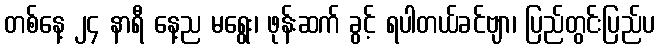
တစ်နေ့ ၂၄ နာရီ နေ့ည မရွေး၊ ဖုန်းဆက် ခွင့် ရပါတယ်ခင်ဗျာ၊ ပြည်တွင်းပြည်ပ